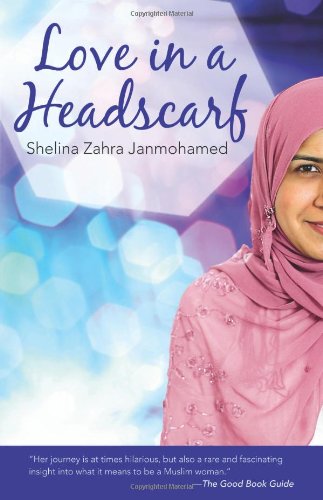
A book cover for Love in a Headscarf; Shelina Janmohamed; Self-Help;